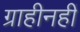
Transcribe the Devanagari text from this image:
ग्राहीनहीं